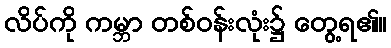
လိပ်ကို ကမ္ဘာ တစ်ဝန်းလုံး၌ တွေ့ရ၏။